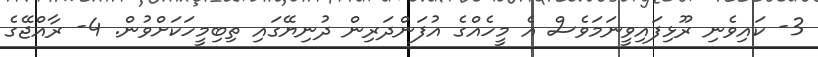
3- ކައިވެނި ރޫޅިފައިވީނަމަވެސް އެ މީހެއްގެ އުފަންދަރިން ދުނިޔޭގައި ތިބިމީހަކަށްވުން. 4- ރާއްޖޭގެ